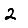
Digit: 2